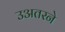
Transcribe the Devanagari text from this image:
उअतरने